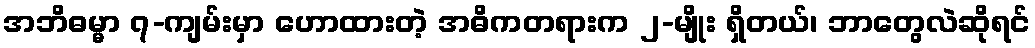
အဘိဓမ္မာ ၇-ကျမ်းမှာ ဟောထားတဲ့ အဓိကတရားက ၂-မျိုး ရှိတယ်၊ ဘာတွေလဲဆိုရင်